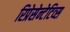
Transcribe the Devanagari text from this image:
रिप्रेसेन्टेटिव्स